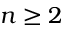
n \geq 2